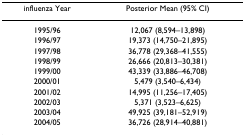
<table><thead><tr><td><b>influenza Year</b></td><td><b>Posterior Mean (95% CI)</b></td></tr></thead><tbody><tr><td>1995/96</td><td>12,067 (8,594–13,898)</td></tr><tr><td>1996/97</td><td>19,373 (14,750–21,895)</td></tr><tr><td>1997/98</td><td>36,778 (29,368–41,555)</td></tr><tr><td>1998/99</td><td>26,666 (20,813–30,381)</td></tr><tr><td>1999/00</td><td>43,339 (33,886–46,708)</td></tr><tr><td>2000/01</td><td>5,479 (3,540–6,434)</td></tr><tr><td>2001/02</td><td>14,995 (11,256–17,405)</td></tr><tr><td>2002/03</td><td>5,371 (3,523–6,625)</td></tr><tr><td>2003/04</td><td>49,925 (39,181–52,919)</td></tr><tr><td>2004/05</td><td>36,726 (28,914–40,881)</td></tr></tbody></table>